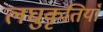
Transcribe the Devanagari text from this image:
लघुकृतियाँ